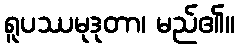
ရူပဿမုဒုတာ၊ မည်၏။